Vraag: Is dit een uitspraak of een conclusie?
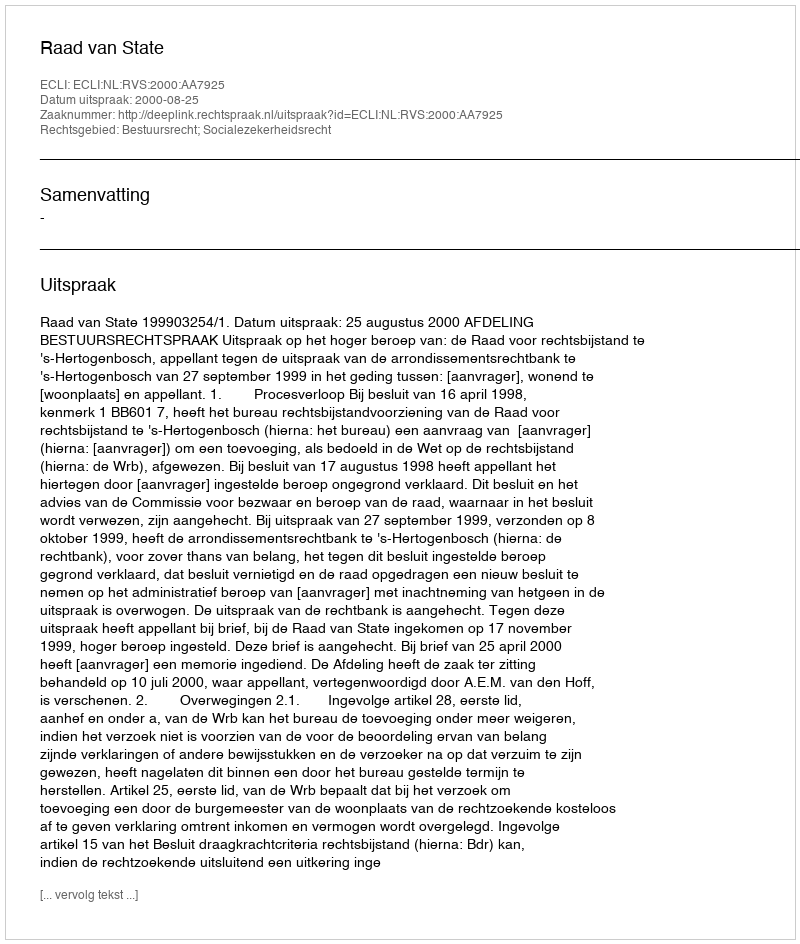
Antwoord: Uitspraak